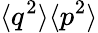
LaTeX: \langle q^{2}\rangle\langle p^{2}\rangle